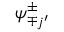
\psi _ { \mp j ^ { \prime } } ^ { \pm }